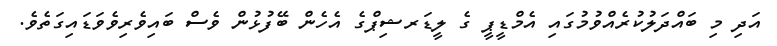
އަދި މި ބައްދަލުކުރެއްވުމުގައި އެމްޑީޕީ ގެ ލީޑަރޝިޕްގެ އެހެން ބޭފުޅުން ވެސް ބައިވެރިވެވަޑައިގަތެވެ.